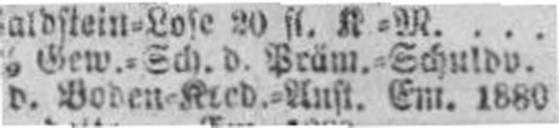
d. Boden=Kred.=Anst. Em. 1880